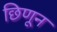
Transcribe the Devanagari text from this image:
छिणून